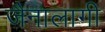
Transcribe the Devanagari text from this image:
जैनालागी